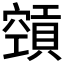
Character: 𥨨